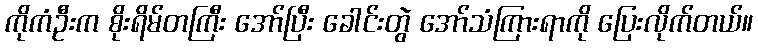
ကိုကံဦးက စိုးရိမ်တကြီး အော်ပြီး ခေါင်းတွဲ အော်သံကြားရာကို ပြေးလိုက်တယ်။